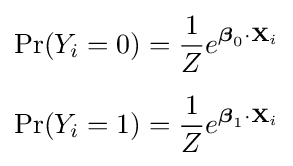
{\begin{aligned}\Pr(Y_{i}=0)&={\frac {1}{Z}}e^{{\boldsymbol {\beta }}_{0}\cdot \mathbf {X} _{i}}\\[5pt]\Pr(Y_{i}=1)&={\frac {1}{Z}}e^{{\boldsymbol {\beta }}_{1}\cdot \mathbf {X} _{i}}\end{aligned}}